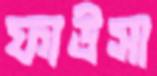
ফাউসা